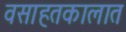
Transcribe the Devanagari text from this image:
वसाहतकालात